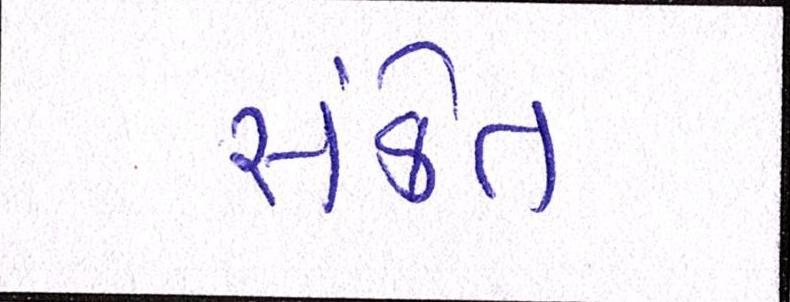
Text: સંકેત